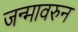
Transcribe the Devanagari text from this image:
जन्मावरुन